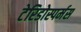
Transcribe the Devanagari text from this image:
टेरिडोस्पर्मस